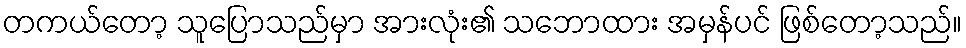
တကယ်တော့ သူပြောသည်မှာ အားလုံး၏ သဘောထား အမှန်ပင် ဖြစ်တော့သည်။